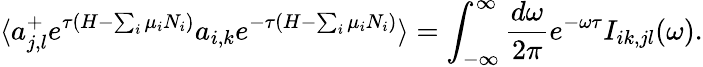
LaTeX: \langle a_{j,l}^{+}e^{\tau(H-\sum_{i}\mu_{i}N_{i})}a_{i,k}e^{-\tau(H-\sum_{i}\mu_{i}N_{i})}\rangle=\int_{-\infty}^{\infty}\frac{d\omega}{2\pi}e^{-\omega\tau}I_{ik,jl}(\omega).